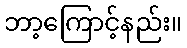
ဘာ့ကြောင့်နည်း။